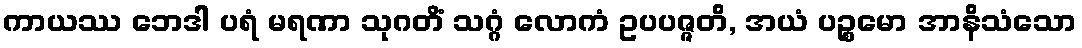
ကာယဿ ဘေဒါ ပရံ မရဏာ သုဂတိံ သဂ္ဂံ လောကံ ဥပပဇ္ဇတိ, အယံ ပဉ္စမော အာနိသံသော